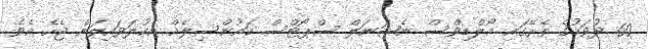
60 ދުވަހުގެ ތެރޭގައި މޯލްޑިވްސް ނެޝަނަލް ސްޕޯޓްސް ކައުންސިލެއް އެކުލަވައިލަން ޖެހެ އެވެ.